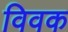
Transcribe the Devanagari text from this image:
विवक